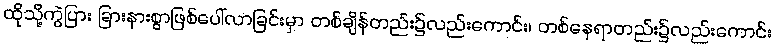
ထိုသို့ကွဲပြား ခြားနားစွာဖြစ်ပေါ်လာခြင်းမှာ တစ်ချိန်တည်း၌လည်းကောင်း၊ တစ်နေရာတည်း၌လည်းကောင်း